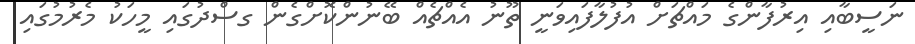
ނަސީބާއި އިރުފާންގެ މައްޗަށް އުފުލާފައިވަނީ ތޫނު އެއްޗެއް ބޭނުންކޮށްގެން ގސްދުގައި މީހަކު މެރުމުގައި